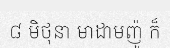
៨ មិថុនា មាដាមញ៉ូ ក៏